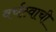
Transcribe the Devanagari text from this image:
वर्चस्वाची